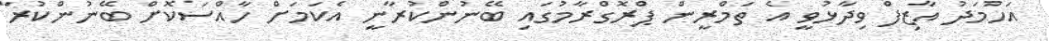
އަހުމަދު އާޒިފް ވިދާޅުވީީ އެ ތަމްރީން ޕްރޮގްރާމުގައި ބޭނުންކުރާނީ އެކަމަށް ހާއްސަކޮށް ބޭނުންކުރާ